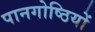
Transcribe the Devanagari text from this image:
पानगोष्ठियों